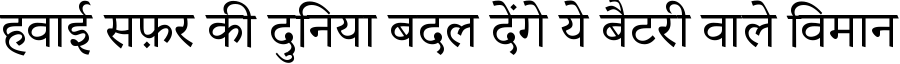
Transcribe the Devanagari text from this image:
हवाई सफ़र की दुनिया बदल देंगे ये बैटरी वाले विमान